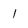
Character: 1